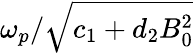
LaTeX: \omega_{p}/\sqrt{c_{1}+d_{2}B_{0}^{2}}